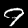
Digit: 9